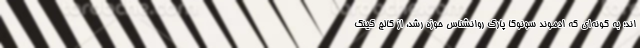
اند؛ به گونه‌ای که ادموند سونوگا پارک روانشناس حوزه رشد، از کالج کینگ